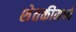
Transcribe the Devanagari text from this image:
शेतकीमध्ये